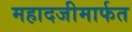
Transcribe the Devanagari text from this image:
महादजीमार्फत